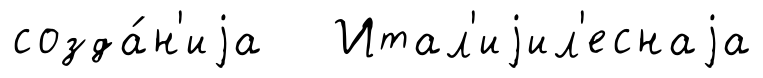
созда́н'иjа Итал'иjил'еснаjа